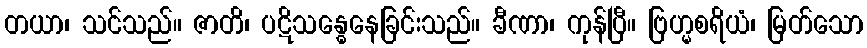
တယာ၊ သင်သည်။ ဇာတိ၊ ပဋိသန္ဓေနေခြင်းသည်။ ခီဏာ၊ ကုန်ပြီ။ ဗြဟ္မစရိယံ၊ မြတ်သော